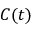
C ( t )